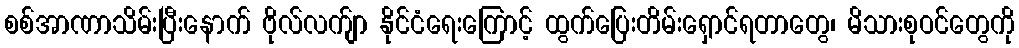
စစ်အာဏာသိမ်းပြီးနောက် ဗိုလ်လက်ျာ နိုင်ငံရေးကြောင့် ထွက်ပြေးတိမ်းရှောင်ရတာတွေ၊ မိသားစုဝင်တွေကို